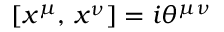
\left[ x ^ { \mu } , \, x ^ { \nu } \right] = i \theta ^ { \mu \nu }